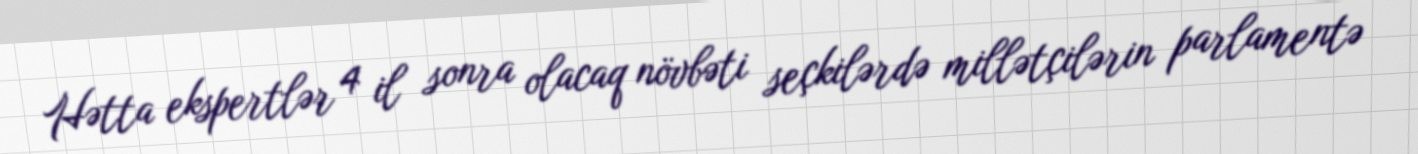
Hətta ekspertlər 4 il sonra olacaq növbəti seçkilərdə millətçilərin parlamentə